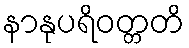
နာနုပရိဝတ္တတိ